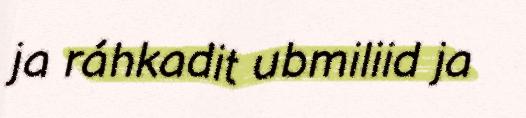
ja ráhkadit ubmiliid ja